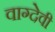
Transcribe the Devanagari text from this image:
वाग्‍देवी